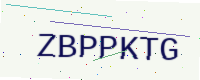
Text: ZBPPKTG